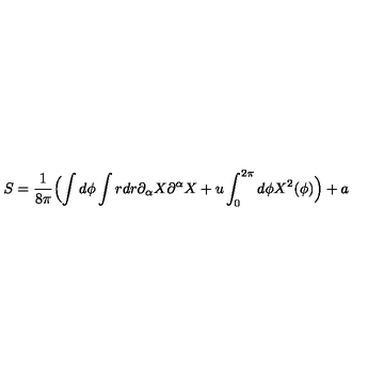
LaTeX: S = \frac { 1 } { 8 \pi } \Bigl ( \int d \phi \int r d r \partial _ { \alpha } X \partial ^ { \alpha } X + u \int _ { 0 } ^ { 2 \pi } d \phi X ^ { 2 } ( \phi ) \Bigr ) + a